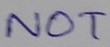
Text: NOT